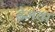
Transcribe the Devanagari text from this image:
ढेमवा